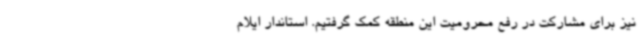
نیز برای مشارکت در رفع محرومیت این منطقه کمک گرفتیم. استاندار ایلام